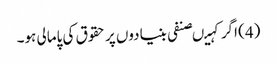
(4) اگر کہیںصنفی بنیادوں پر حقوق کی پامالی ہو۔